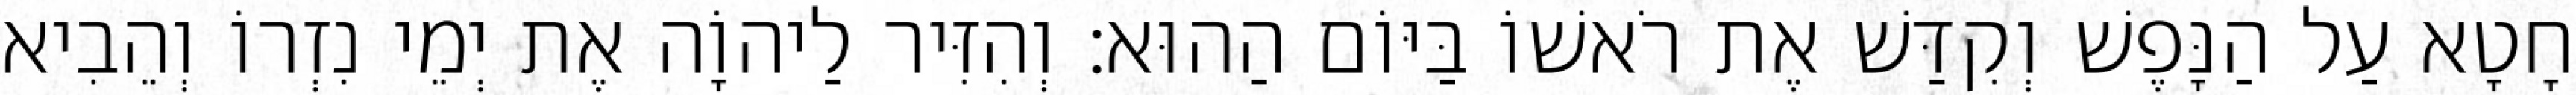
חָטָא עַל הַנָּפֶשׁ וְקִדַּשׁ אֶת רֹאשׁוֹ בַּיּוֹם הַהוּא׃ וְהִזִּיר לַיהוָֹה אֶת יְמֵי נִזְרוֹ וְהֵבִיא